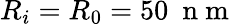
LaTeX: R_{i}=R_{0}=50~\mathrm{~n~m~}